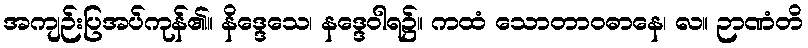
အကျဉ်းပြအပ်ကုန်၏။ နိဒ္ဒေသေ၊ နဒ္ဒေဝါရ၌။ ကထံ သောတာဝဓာနေ၊ လ။ ဉာဏံတိ